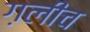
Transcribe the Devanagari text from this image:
ग़लीच